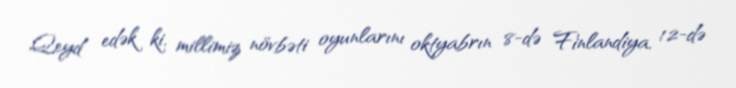
Qeyd edək ki, millimiz növbəti oyunlarını oktyabrın 8-də Finlandiya, 12-də